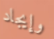
وإيجاد